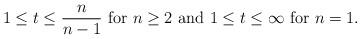
LaTeX: \begin{align*} 1\le t\le \frac{n}{n-1} \textrm{ for }n\ge 2\textrm{ and }1\le t\le \infty\textrm{ for }n=1. \end{align*}